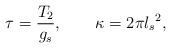
\begin{align*}\tau=\frac{T_2}{g_s}, \qquad \kappa=2\pi {l_s}^2 ,\end{align*}